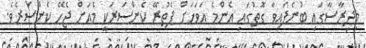
މިދިރާސާގައި ބުނެފައިވާ ގޮތުގައި އެންމެ އަވަހަށް ފެތުރޭ ކެންސަރަކީ މެއަށް ޖެހޭ ކެންސަރެވެ.